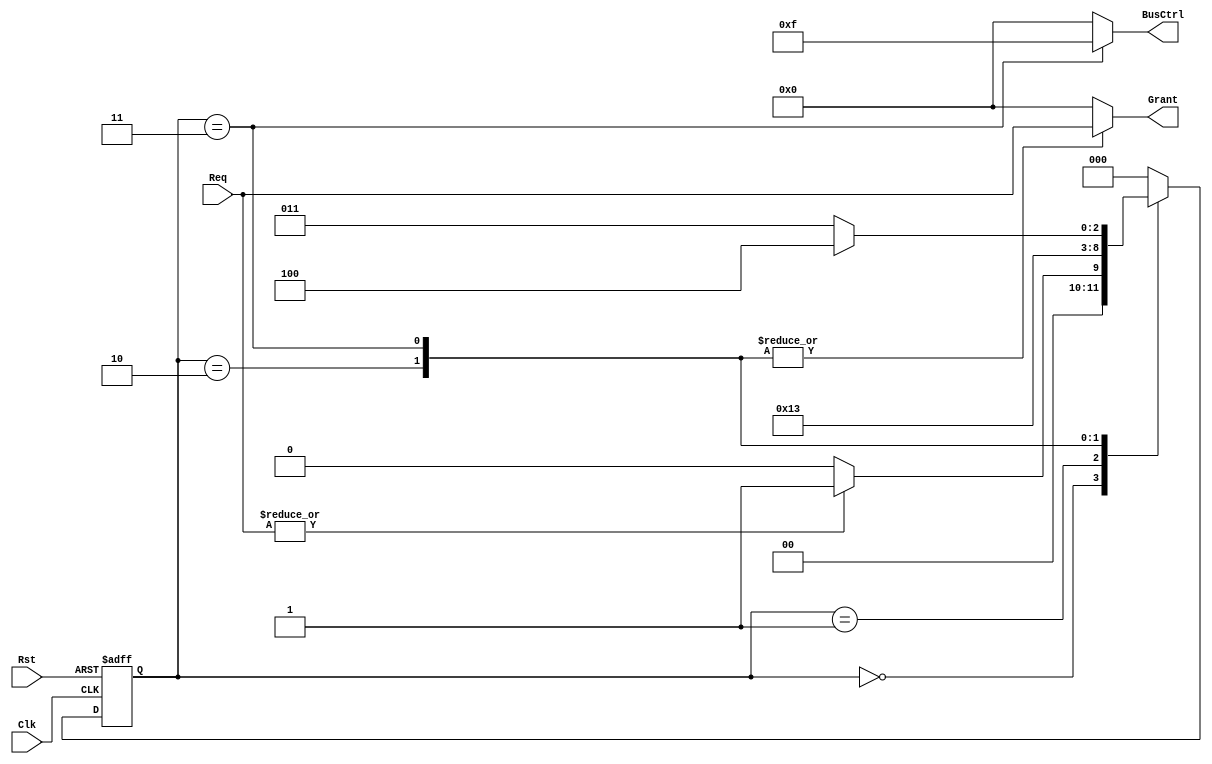
module bus_controller(
    input wire [N-1:0] Req,      // Request signals from multiple devices
    input wire Clk,              // Clock signal
    input wire Rst,              // Reset signal
    output reg [N-1:0] Grant,     // Grant signal for the requesting device
    output reg [M-1:0] BusCtrl    // Bus control signals
);
    parameter N = 4;  // Number of devices
    parameter M = 4;  // Number of control signals
    parameter IDLE = 3'b000,
              REQUEST = 3'b001,
              GRANT = 3'b010,
              TRANSMIT = 3'b011,
              RELEASE = 3'b100;

    reg [2:0] state, next_state;

    // Sequential logic: State transition
    always @(posedge Clk or posedge Rst) begin
        if (Rst) begin
            state <= IDLE;
        end else begin
            state <= next_state;
        end
    end

    // Combinatorial logic: Next state logic
    always @(*) begin
        case (state)
            IDLE: begin
                if (|Req) // If any request is asserted
                    next_state = REQUEST;
                else
                    next_state = IDLE;
            end
            REQUEST: begin
                next_state = GRANT; // Move to grant state immediately
            end
            GRANT: begin
                next_state = TRANSMIT; // Move to transmit state
            end
            TRANSMIT: begin
                // Assuming some condition to complete transmission
                if (transmission_complete) // You should define this condition based on your design
                    next_state = RELEASE;
                else
                    next_state = TRANSMIT; // Remain in transmit state
            end
            RELEASE: begin
                next_state = IDLE; // Go back to idle state
            end
            default: next_state = IDLE; // Default to IDLE state
        endcase
    end

    // Output logic
    always @(*) begin
        Grant = 0;     // Default Grant signal
        BusCtrl = 0;  // Default Bus control signals
        case (state)
            IDLE: begin
                Grant = 0;
                BusCtrl = 0;
            end
            REQUEST: begin
                Grant = 0; // Still de-asserted during request
                BusCtrl = 0;
            end
            GRANT: begin
                Grant = Req; // Grant to the requesting device
                BusCtrl = 0; // Bus control signals inactive
            end
            TRANSMIT: begin
                Grant = Req; // Maintain grant to the transmitting device
                BusCtrl = 4'b1111; // Example: Activate all bus control signals
            end
            RELEASE: begin
                Grant = 0; // Release the bus
                BusCtrl = 0; // De-assert bus control signals
            end
            default: begin
                Grant = 0;
                BusCtrl = 0;
            end
        endcase
    end

endmodule